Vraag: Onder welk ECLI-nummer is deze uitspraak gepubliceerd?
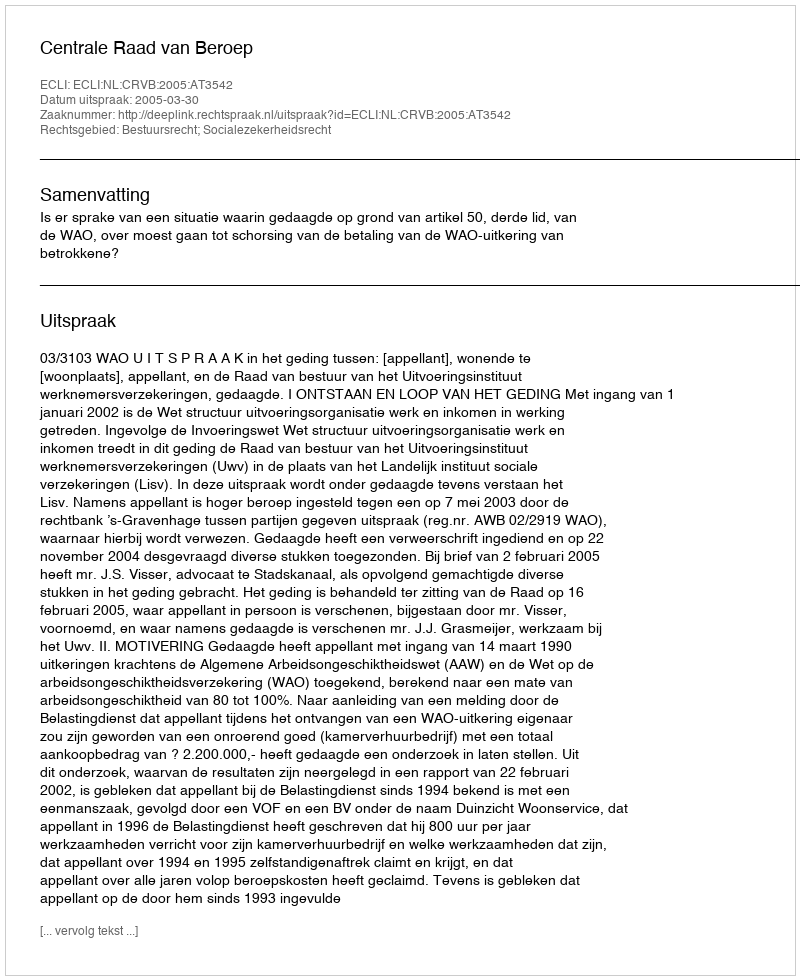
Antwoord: ECLI:NL:CRVB:2005:AT3542